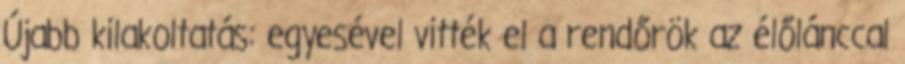
Újabb kilakoltatás: egyesével vitték el a rendőrök az élőlánccal